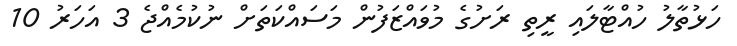
ހަޅުތާލު ހުއްޓާލައި ރީތި ރަށުގެ މުވައްޒަފުން މަސައްކަތަށް ނުކުމެއްޖެ 3 އަހަރު 10